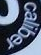
caliber